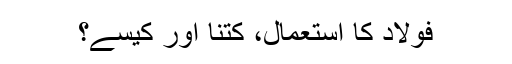
فولاد کا استعمال، کتنا اور کیسے؟